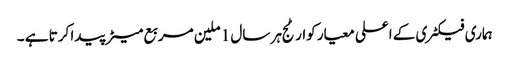
ہماری فیکٹری کے اعلی معیار کوارٹج ہر سال 1 ملین مربع میٹر پیدا کرتا ہے ۔